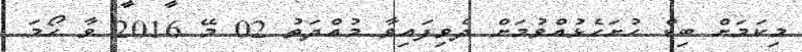
މިކަމަށް ބިޑް ހުށަހެޅުއްވުމަށް ދެވިފައިވާ މުއްދަތު 02 މޭ 2016 ވާ ހޯމަ